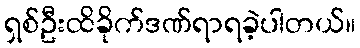
ရှစ်ဦးထိခိုက်ဒဏ်ရာရခဲ့ပါတယ်။